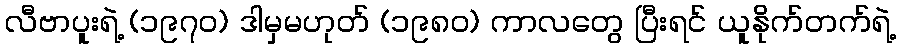
လီဗာပူးရဲ့ (၁၉၇၀) ဒါမှမဟုတ် (၁၉၈၀) ကာလတွေ ပြီးရင် ယူနိုက်တက်ရဲ့